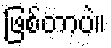
ဖြစ်တာပဲ။